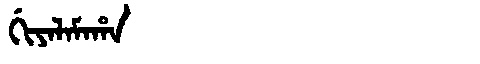
Manchu: ᡤᡳᠶᠠᠯᠠᠮᠠᡥᠠ
Romanization: GIYALAMAHA